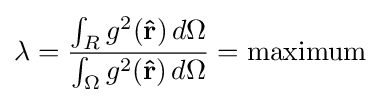
\lambda ={\frac {\int _{R}g^{2}(\mathbf {\hat {r}} )\,d\Omega }{\int _{\Omega }g^{2}(\mathbf {\hat {r}} )\,d\Omega }}={\mbox{maximum}}